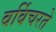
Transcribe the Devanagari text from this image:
बर्बिचरते